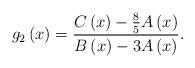
LaTeX: \begin{align*}g_{2}\left( x\right) =\frac{C\left( x\right) -\frac{8}{5}A\left( x\right) }{B\left( x\right) -3A\left( x\right) }. \end{align*}